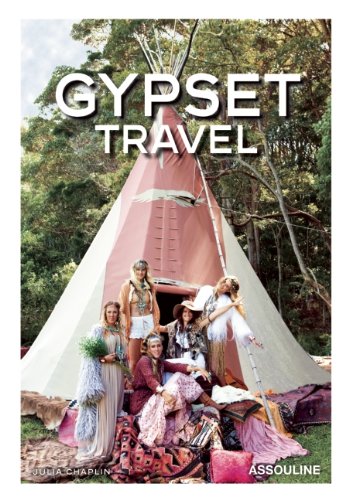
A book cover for Gypset Travel; Julia Chaplin; Arts & Photography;